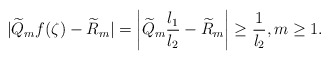
\begin{align*} \vert \widetilde{Q}_{m}f(\zeta)-\widetilde{R}_{m}\vert=\left\vert \widetilde{Q}_{m}\frac{l_{1}}{l_{2}}-\widetilde{R}_{m}\right\vert \geq \frac{1}{l_{2}}, m\geq 1.\end{align*}